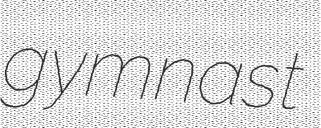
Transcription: gymnast